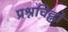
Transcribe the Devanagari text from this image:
प्रश्नचिह्नों